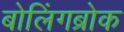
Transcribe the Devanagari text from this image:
बोलिंगब्रोक